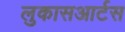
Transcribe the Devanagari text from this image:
लुकासआर्टस